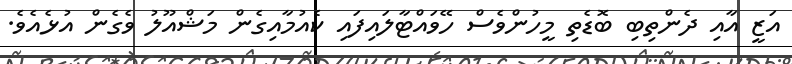
އަޒީ އާއި ދެންތިބި ބޮޑެތި މީހުންވެސް ހޭވައްޓާލައިފައި ކެއުމާއިގެން މަޝްއޫލު ވެގެން އުޅެއެވެ.